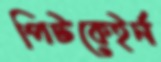
পিটকেইর্ন